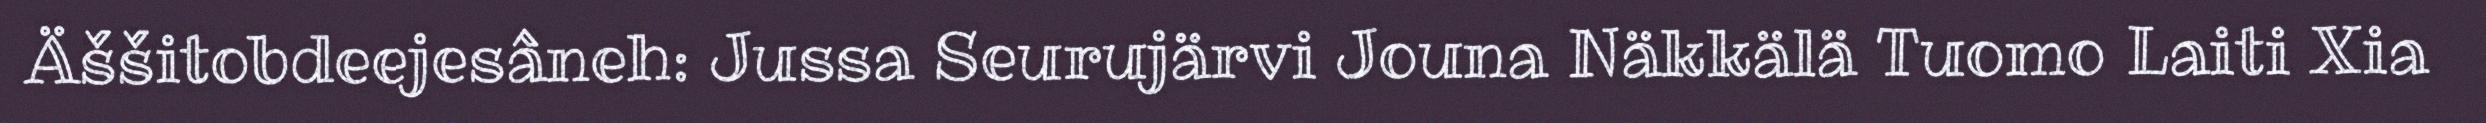
Äššitobdeejesâneh: Jussa Seurujärvi Jouna Näkkälä Tuomo Laiti Xia